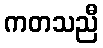
ကတသညီ